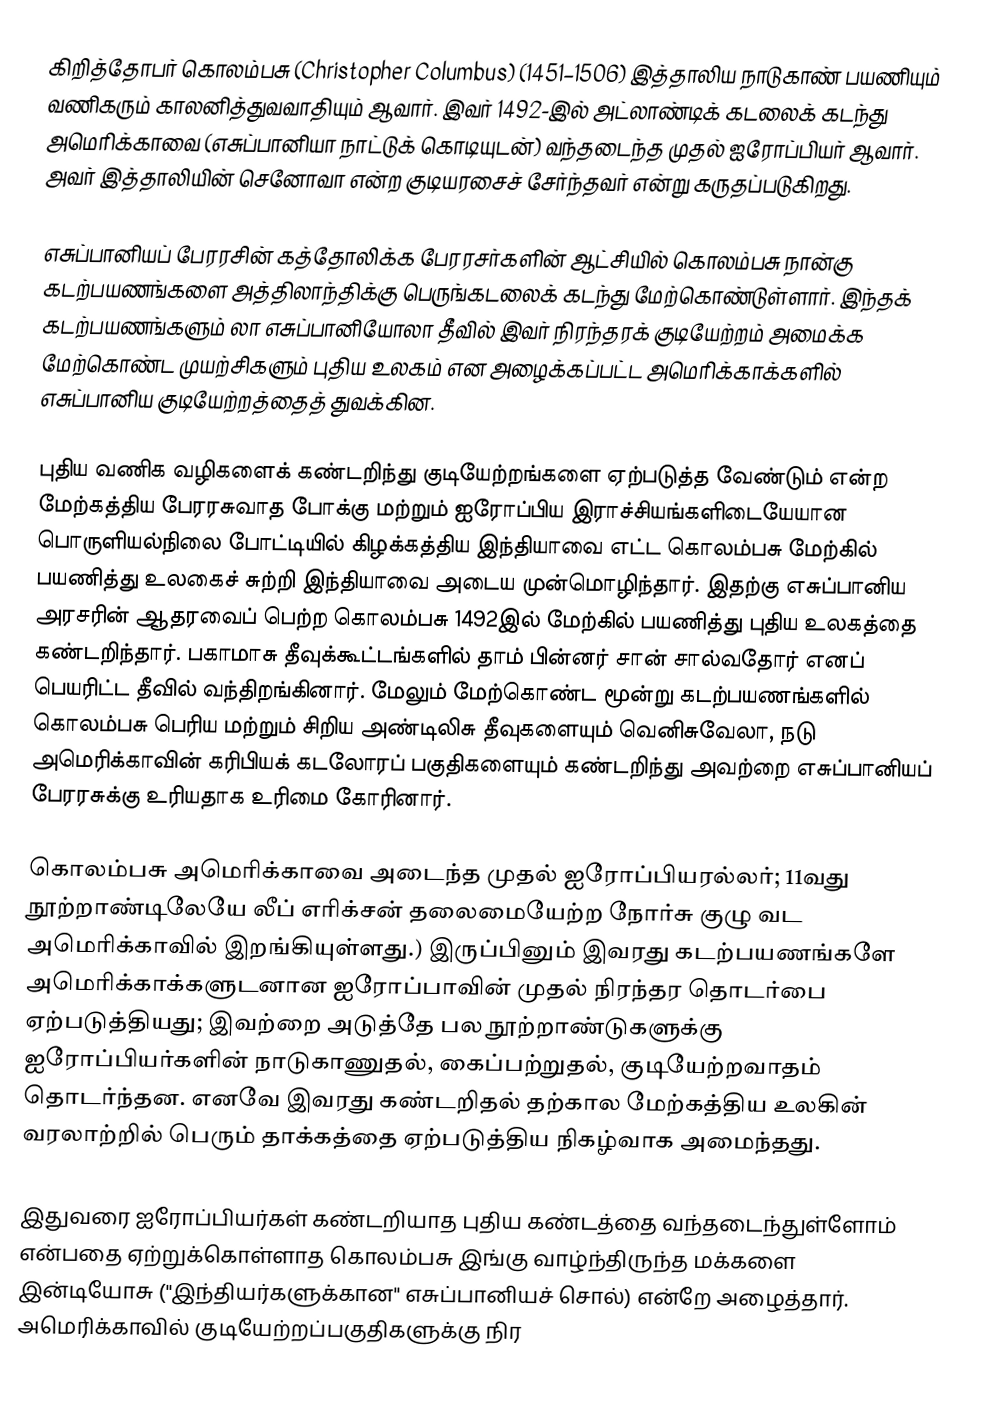
கிறித்தோபர் கொலம்பசு (Christopher Columbus) (1451–1506) இத்தாலிய நாடுகாண் பயணியும் வணிகரும் காலனித்துவவாதியும் ஆவார். இவர் 1492-இல் அட்லாண்டிக் கடலைக் கடந்து அமெரிக்காவை (எசுப்பானியா நாட்டுக் கொடியுடன்) வந்தடைந்த முதல் ஐரோப்பியர் ஆவார். அவர் இத்தாலியின் செனோவா என்ற குடியரசைச் சேர்ந்தவர் என்று கருதப்படுகிறது.

எசுப்பானியப் பேரரசின் கத்தோலிக்க பேரரசர்களின் ஆட்சியில் கொலம்பசு நான்கு கடற்பயணங்களை அத்திலாந்திக்கு பெருங்கடலைக் கடந்து மேற்கொண்டுள்ளார். இந்தக் கடற்பயணங்களும் லா எசுப்பானியோலா தீவில் இவர் நிரந்தரக் குடியேற்றம் அமைக்க  மேற்கொண்ட முயற்சிகளும்  புதிய உலகம் என அழைக்கப்பட்ட அமெரிக்காக்களில் எசுப்பானிய குடியேற்றத்தைத் துவக்கின.

புதிய வணிக வழிகளைக் கண்டறிந்து குடியேற்றங்களை ஏற்படுத்த வேண்டும் என்ற மேற்கத்திய பேரரசுவாத போக்கு மற்றும் ஐரோப்பிய இராச்சியங்களிடையேயான பொருளியல்நிலை போட்டியில்  கிழக்கத்திய இந்தியாவை எட்ட கொலம்பசு மேற்கில் பயணித்து உலகைச் சுற்றி இந்தியாவை அடைய முன்மொழிந்தார். இதற்கு  எசுப்பானிய அரசரின் ஆதரவைப் பெற்ற  கொலம்பசு 1492இல் மேற்கில் பயணித்து புதிய உலகத்தை கண்டறிந்தார்.  பகாமாசு தீவுக்கூட்டங்களில்  தாம் பின்னர் சான் சால்வதோர் எனப் பெயரிட்ட தீவில் வந்திறங்கினார். மேலும் மேற்கொண்ட மூன்று கடற்பயணங்களில் கொலம்பசு பெரிய மற்றும் சிறிய அண்டிலிசு தீவுகளையும் வெனிசுவேலா,  நடு அமெரிக்காவின் கரிபியக் கடலோரப் பகுதிகளையும் கண்டறிந்து அவற்றை  எசுப்பானியப் பேரரசுக்கு உரியதாக உரிமை கோரினார்.

கொலம்பசு அமெரிக்காவை அடைந்த முதல் ஐரோப்பியரல்லர்; 11வது நூற்றாண்டிலேயே லீப் எரிக்சன் தலைமையேற்ற  நோர்சு குழு வட அமெரிக்காவில் இறங்கியுள்ளது.) இருப்பினும் இவரது கடற்பயணங்களே அமெரிக்காக்களுடனான ஐரோப்பாவின் முதல் நிரந்தர தொடர்பை ஏற்படுத்தியது; இவற்றை அடுத்தே பல நூற்றாண்டுகளுக்கு ஐரோப்பியர்களின் நாடுகாணுதல், கைப்பற்றுதல், குடியேற்றவாதம்  தொடர்ந்தன.  எனவே இவரது கண்டறிதல் தற்கால மேற்கத்திய உலகின் வரலாற்றில்  பெரும் தாக்கத்தை ஏற்படுத்திய நிகழ்வாக அமைந்தது.

இதுவரை ஐரோப்பியர்கள் கண்டறியாத புதிய கண்டத்தை வந்தடைந்துள்ளோம் என்பதை ஏற்றுக்கொள்ளாத கொலம்பசு இங்கு வாழ்ந்திருந்த மக்களை இன்டியோசு ("இந்தியர்களுக்கான" எசுப்பானியச் சொல்) என்றே அழைத்தார். அமெரிக்காவில் குடியேற்றப்பகுதிகளுக்கு நிர